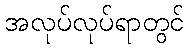
အလုပ်လုပ်ရာတွင်